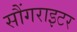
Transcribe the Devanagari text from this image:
सौंगराइटर